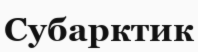
Субарктик